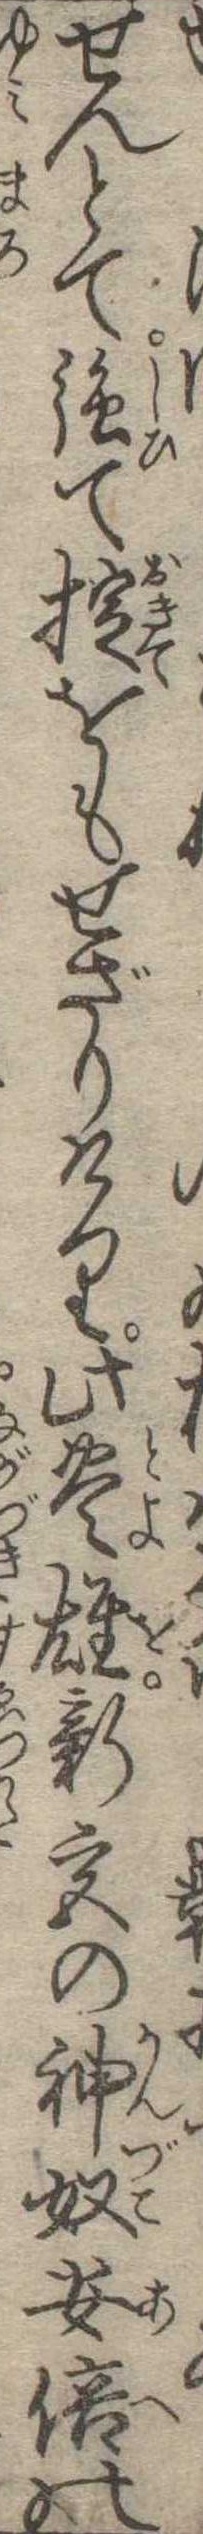
せんとて強て掟をもせざりけり此豊雄新宮の神奴安倍の